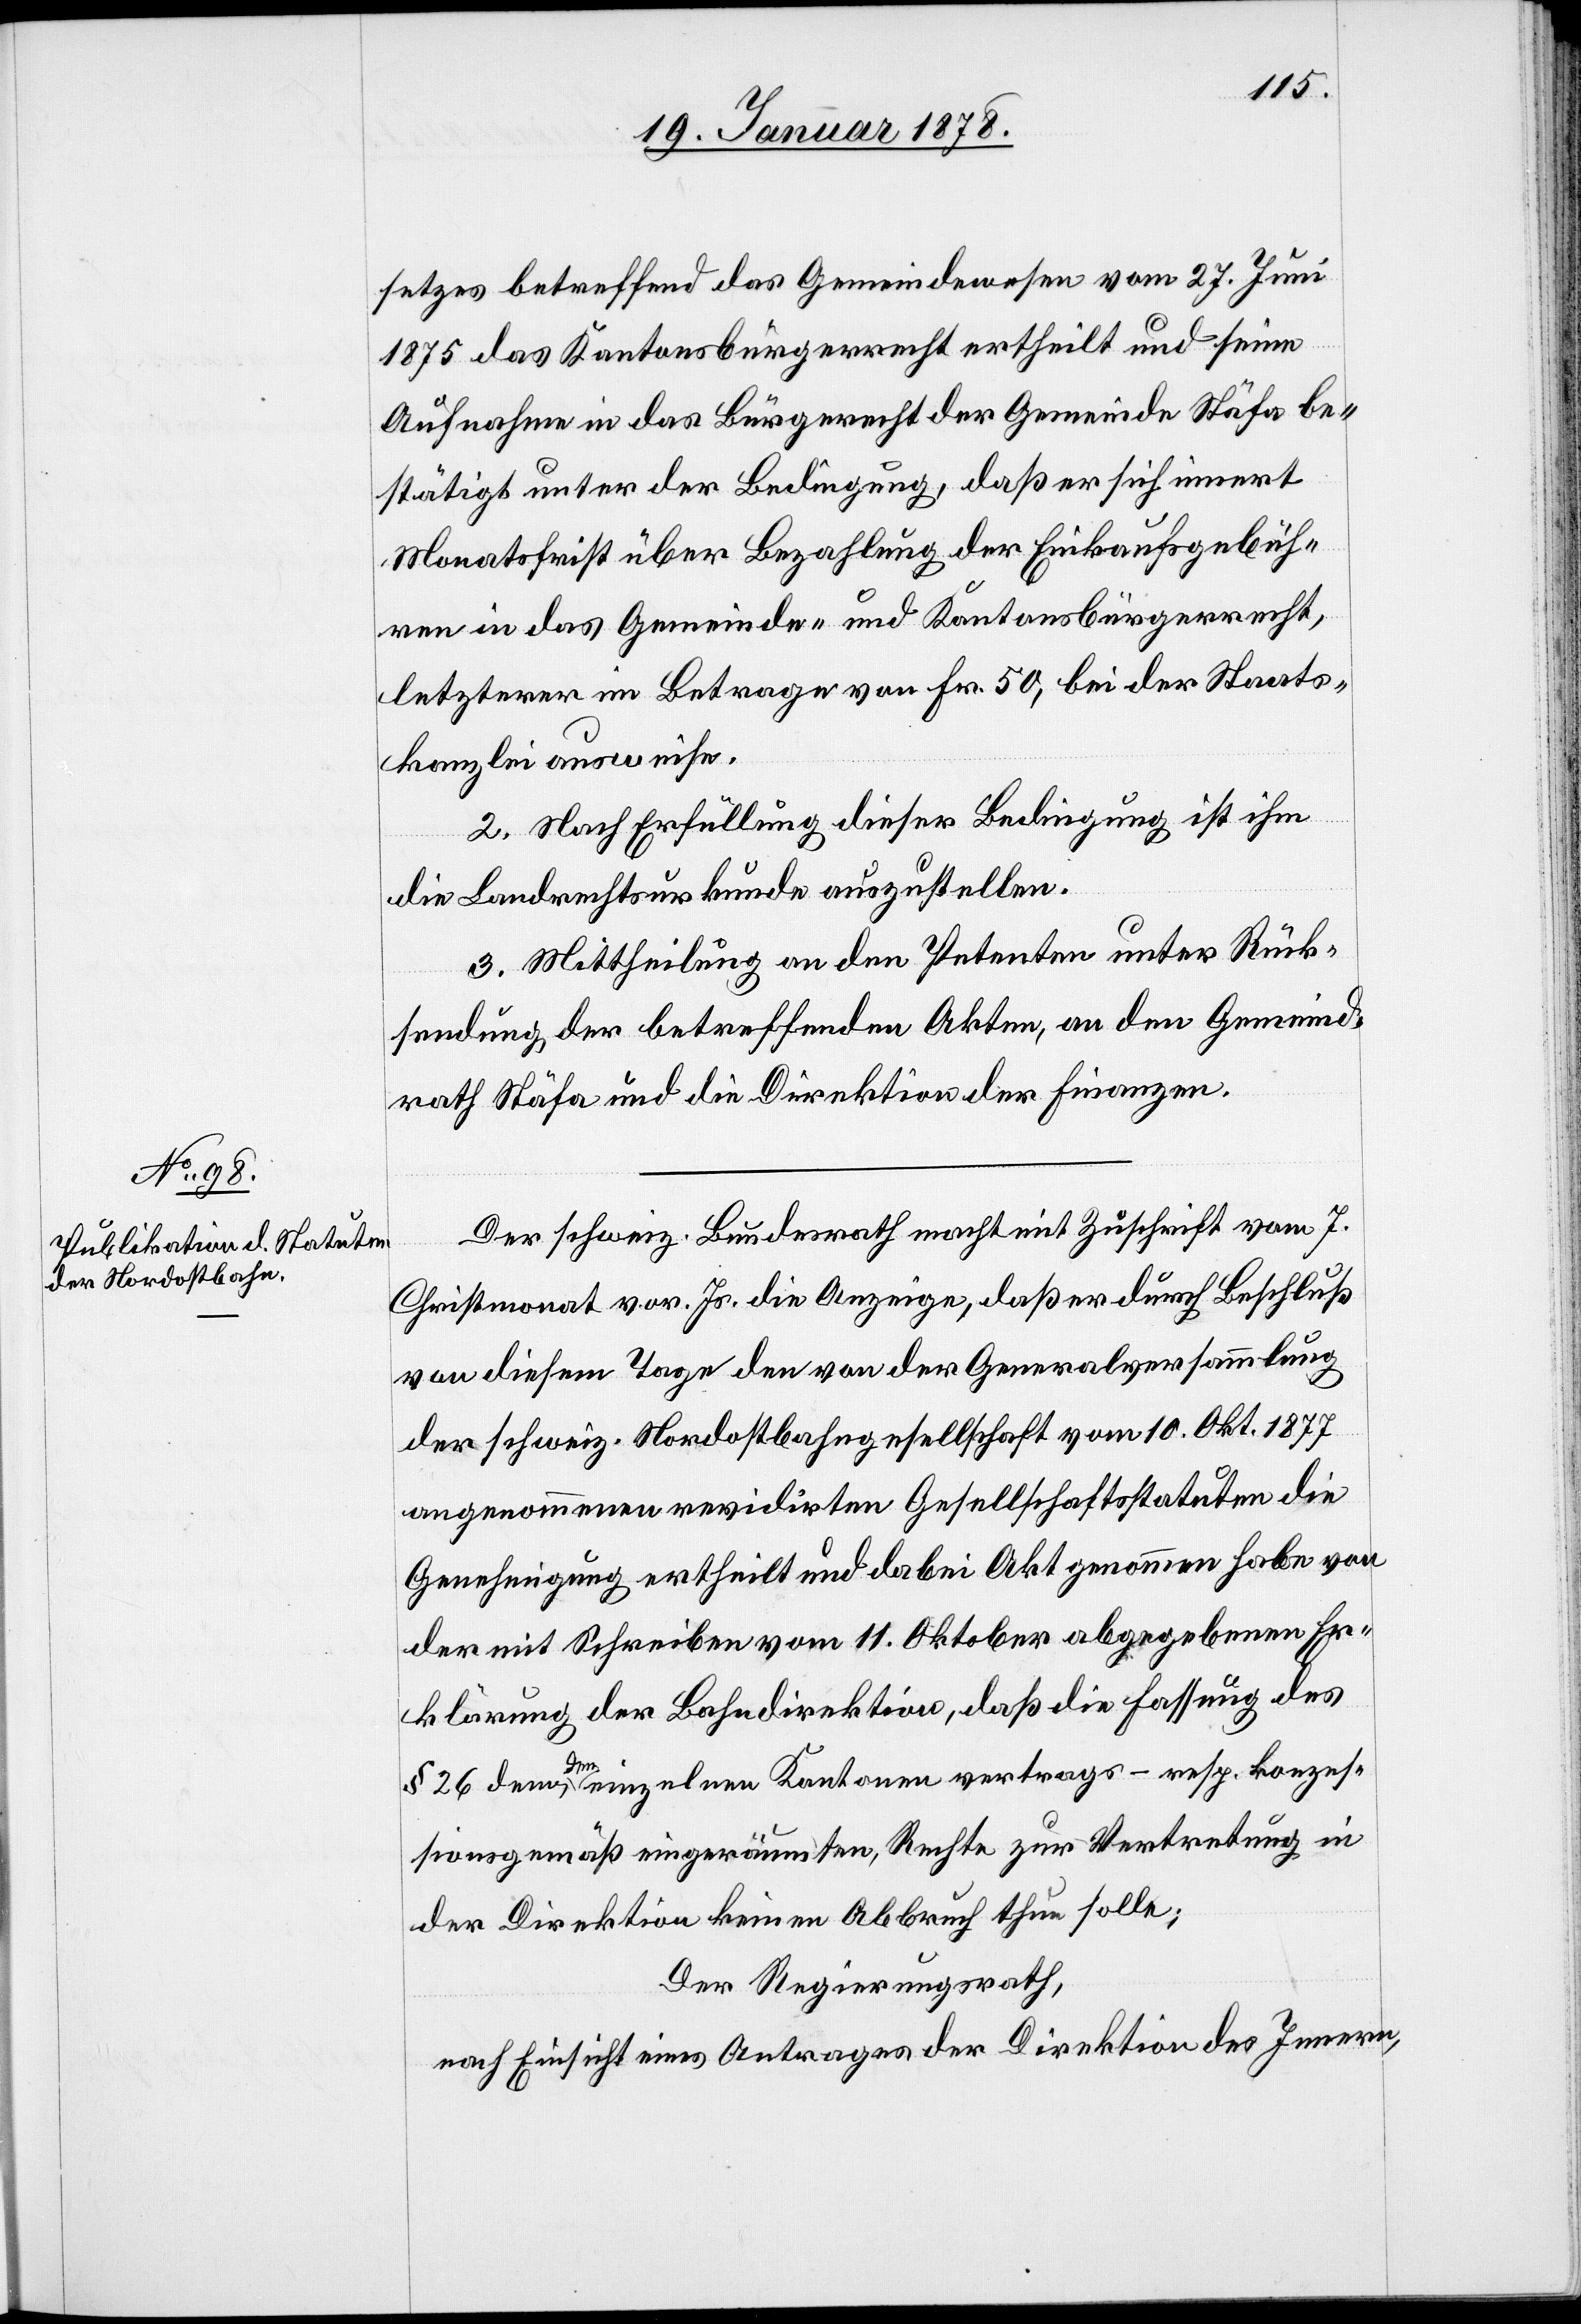
setzes betreffend das Gemeindewesen vom 27. Juni
1875 das Kantonsbürgerrecht ertheilt und seine
Aufnahme in das Bürgerrecht der Gemeinde Stäfa be¬
stätigt unter der Bedingung, daß er sich innert
Monatsfrist über Bezahlung der Einkaufsgebüh¬
ren in das Gemeinde- und Kantonsbürgerrecht,
letzterer im Betrage von Fr. 50, bei der Staats¬
kanzlei ausweise.
2. Nach Erfüllung dieser Bedingung ist ihm
die Landrechtsurkunde auszustellen.
3. Mittheilung an den Petenten unter Rück¬
sendung der betreffenden Akten, an den Gemeind¬
rath Stäfa und die Direktion der Finanzen.
Der schweiz. Bundesrath macht mit Zuschrift vom 7.
Christmonat vor. Js. die Anzeige, daß er durch Beschluß
von diesem Tage den von der Generalversammlung
der schweiz. Nordostbahngesellschaft vom 10. Okt. 1877
angenommenen revidirten Gesellschaftsstatuten die
Genehmigung ertheilt und dabei Akt genommen habe von
der mit Schreiben vom 11. Oktober abgegebenen Er¬
klärung der Lohndirektion, daß die Fassung des
§ 26 dem den einzelnen Kantonen vertrags- resp. konzes¬
sionsgemäß eingeräumten Rechte zur Vertretung in
der Direktion keinen Abbruch thun solle;
Der Regierungsrath,
nach Einsicht eines Antrages der Direktion des Innern,